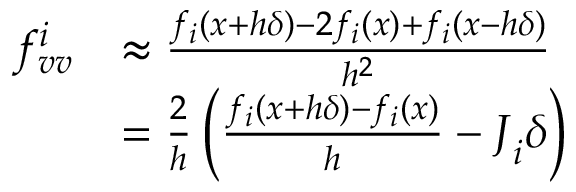
{ \begin{array} { r l } { f _ { v v } ^ { i } } & { \approx { \frac { f _ { i } ( { \boldsymbol { x } } + h { \boldsymbol { \delta } } ) - 2 f _ { i } ( { \boldsymbol { x } } ) + f _ { i } ( { \boldsymbol { x } } - h { \boldsymbol { \delta } } ) } { h ^ { 2 } } } } \\ & { = { \frac { 2 } { h } } \left( { \frac { f _ { i } ( { \boldsymbol { x } } + h { \boldsymbol { \delta } } ) - f _ { i } ( { \boldsymbol { x } } ) } { h } } - { \boldsymbol { J } } _ { i } { \boldsymbol { \delta } } \right) } \end{array} }